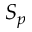
S _ { p }